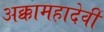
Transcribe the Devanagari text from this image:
अक्कामहादेवी